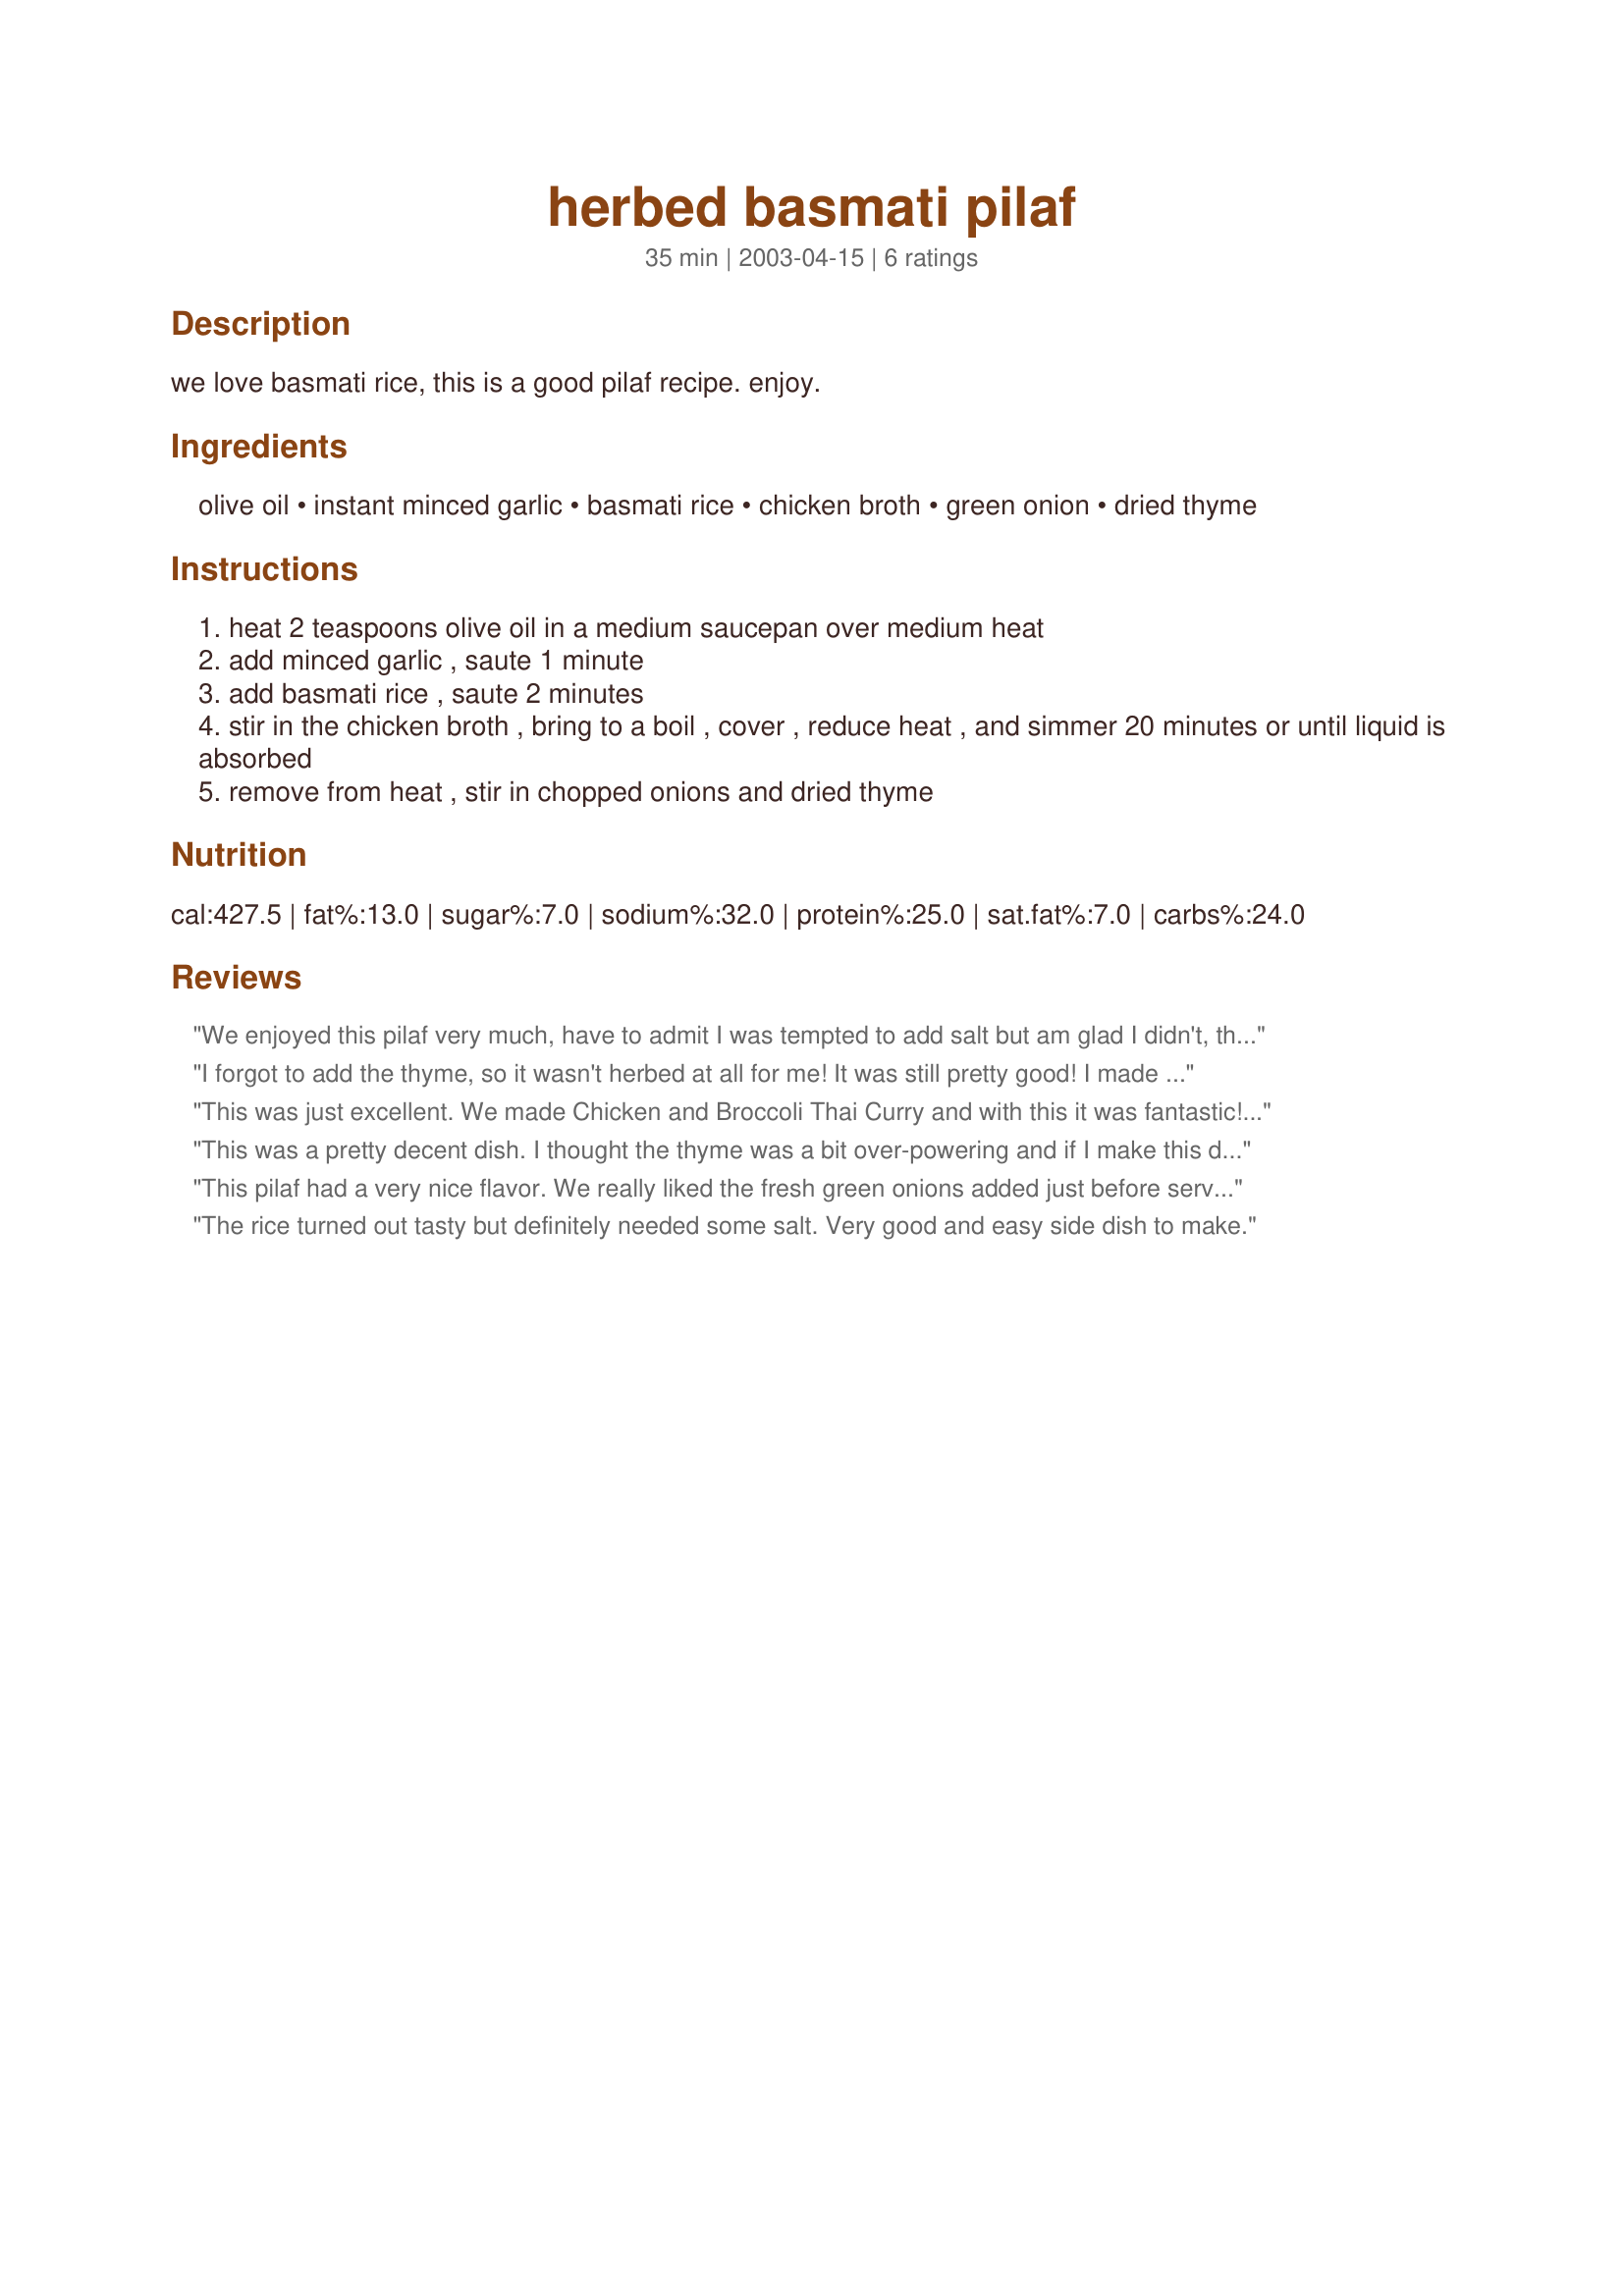
herbed basmati pilaf
Preparation time: 35 minutes

we love basmati rice, this is a good pilaf recipe. enjoy.

Ingredients:
olive oil, instant minced garlic, basmati rice, chicken broth, green onion, dried thyme

Steps:
heat 2 teaspoons olive oil in a medium saucepan over medium heat
add minced garlic , saute 1 minute
add basmati rice , saute 2 minutes
stir in the chicken broth , bring to a boil , cover , reduce heat , and simmer 20 minutes or until liquid is absorbed
remove from heat , stir in chopped onions and dried thyme

Reviews:
We enjoyed this pilaf very much, have to admit I was tempted to add salt but am glad I didn't, there was enough salt in the chicken broth. We loved the green onions and thyme, nice combination. I used brown basmati rice, so I had to cook it about 15 minutes longer. Also used fresh smashed garlic. Thanks for posting, will be using this one again and again.
I forgot to add the thyme, so it wasn't herbed at all for me! It was still pretty good! I made my broth from boullion granules, so it was a bit salty. My basmati is also whole grain--kind of like the brown rice of basmati. So I can never get it to cook up fluffy like the rice I get at Indian restaurants. This recipe left the rice firm, but cooked. It had the texture of fried rice and went well with my meal.
This was just excellent. We made Chicken and Broccoli Thai Curry and with this it was fantastic! Thanks so much... we ate it all at one sitting!
This was a pretty decent dish. I thought the thyme was a bit over-powering and if I make this dish again, I'll use less than the indicated amount. Easy to make though was a plus.
This pilaf had a very nice flavor. We really liked the fresh green onions added just before serving. Next time, I will also use fresh garlic and thyme.
The rice turned out tasty but definitely needed some salt. Very good and easy side dish to make.
